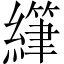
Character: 𫄂